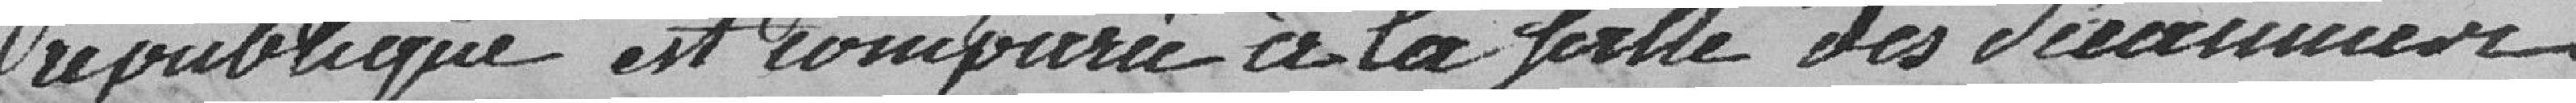
république est comparée à la feuille des deraumes.